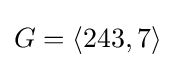
G=\langle 243,7\rangle